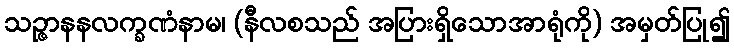
သဉ္ဇာနနလက္ခဏံနာမ၊ (နီလစသည် အပြားရှိသောအာရုံကို) အမှတ်ပြု၍